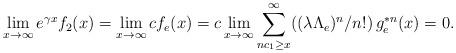
LaTeX: \begin{align*} \lim_{x\to \infty} e^{\gamma x}f_2(x) = \lim_{x\to\infty} cf_e(x)= c\lim_{x\to\infty} \sum_{nc_1\ge x}^\infty((\lambda \Lambda_e)^n /n!)\, g_{e}^{\ast n}(x)=0. \end{align*}